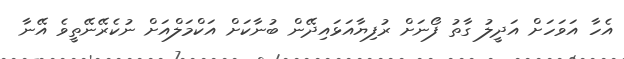
އެހާ އަވަހަށް އަދީލު ގާތު ފޯނަށް ރުފިޔާއަޅައިދޭން ބުނާކަށް އަކްމަލްއަށް ނުކެރޭނޭތީވެ އޭނާ